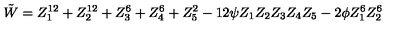
{ \tilde { W } } = Z _ { 1 } ^ { 1 2 } + Z _ { 2 } ^ { 1 2 } + Z _ { 3 } ^ { 6 } + Z _ { 4 } ^ { 6 } + Z _ { 5 } ^ { 2 } - 1 2 \psi Z _ { 1 } Z _ { 2 } Z _ { 3 } Z _ { 4 } Z _ { 5 } - 2 \phi Z _ { 1 } ^ { 6 } Z _ { 2 } ^ { 6 }